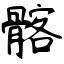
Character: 髂